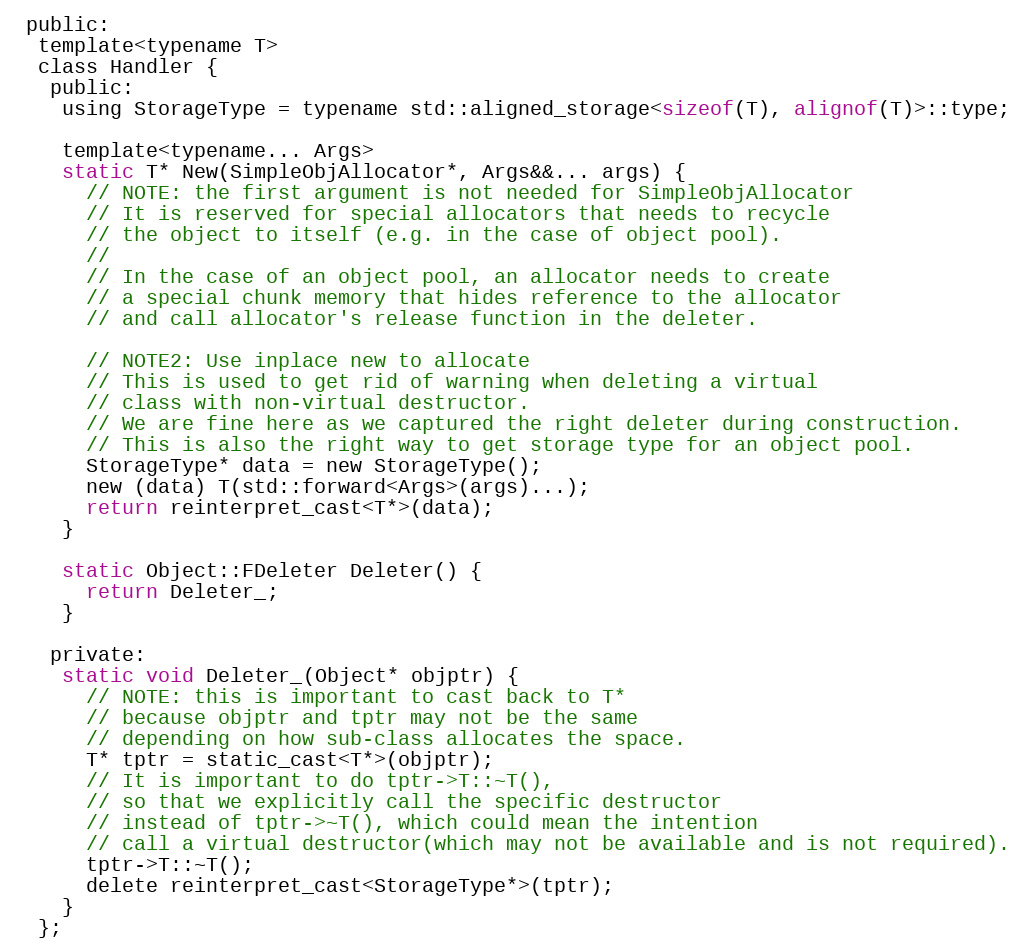
Language: C
 public:
  template<typename T>
  class Handler {
   public:
    using StorageType = typename std::aligned_storage<sizeof(T), alignof(T)>::type;

    template<typename... Args>
    static T* New(SimpleObjAllocator*, Args&&... args) {
      // NOTE: the first argument is not needed for SimpleObjAllocator
      // It is reserved for special allocators that needs to recycle
      // the object to itself (e.g. in the case of object pool).
      //
      // In the case of an object pool, an allocator needs to create
      // a special chunk memory that hides reference to the allocator
      // and call allocator's release function in the deleter.

      // NOTE2: Use inplace new to allocate
      // This is used to get rid of warning when deleting a virtual
      // class with non-virtual destructor.
      // We are fine here as we captured the right deleter during construction.
      // This is also the right way to get storage type for an object pool.
      StorageType* data = new StorageType();
      new (data) T(std::forward<Args>(args)...);
      return reinterpret_cast<T*>(data);
    }

    static Object::FDeleter Deleter() {
      return Deleter_;
    }

   private:
    static void Deleter_(Object* objptr) {
      // NOTE: this is important to cast back to T*
      // because objptr and tptr may not be the same
      // depending on how sub-class allocates the space.
      T* tptr = static_cast<T*>(objptr);
      // It is important to do tptr->T::~T(),
      // so that we explicitly call the specific destructor
      // instead of tptr->~T(), which could mean the intention
      // call a virtual destructor(which may not be available and is not required).
      tptr->T::~T();
      delete reinterpret_cast<StorageType*>(tptr);
    }
  };